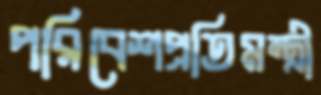
পরিবেশপ্রতিমন্ত্রী